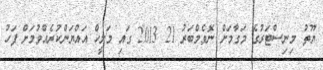
ޔޫތު މިނިސްޓަރުގެ މަގާމަށް ނޮވެމްބަރު 21 2013 ގައި މަލީހް އައްޔަންކުރެއްވުމަށް ފަހު